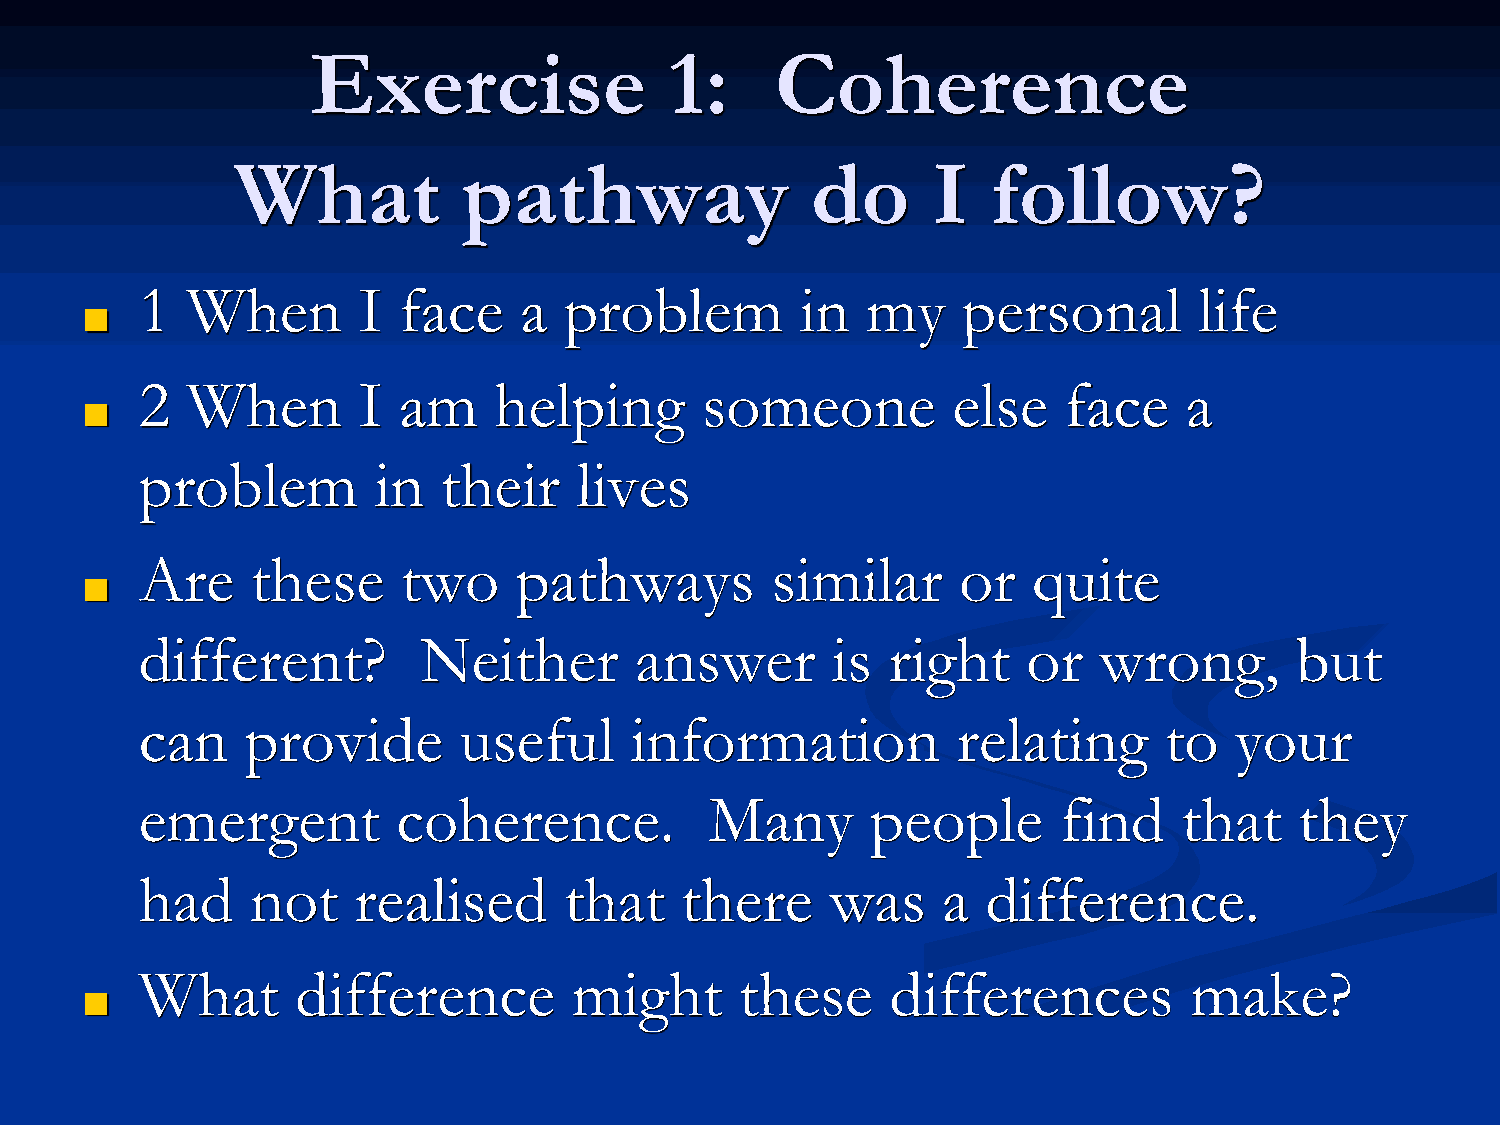
Exercise               1:     Coherence
 What           pathway                do      I   follow?
 1  When        I face    a  problem         in  my     personal       life
 ■
 2  When        I am     helping      someone          else   face     a
 ■
 problem         in  their    lives
 Are     these     two    pathways         similar      or  quite
 ■
 different?         Neither       answer       is  right    or   wrong,       but
 can    provide       useful      information          relating      to   your
 emergent         coherence.           Many       people      find    that    they
 had     not   realised      that    there     was    a  difference.
 What       difference        might      these     differences         make?
 ■